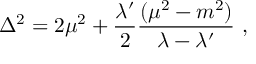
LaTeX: \Delta ^ { 2 } = 2 \mu ^ { 2 } + \frac { \lambda ^ { \prime } } { 2 } \frac { ( \mu ^ { 2 } - m ^ { 2 } ) } { \lambda - \lambda ^ { \prime } } \ ,